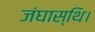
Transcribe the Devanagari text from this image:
जंघास्थि।